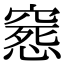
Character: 𥧛